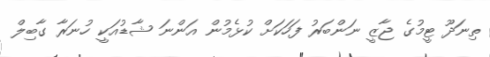
ތިނަދޫ ޓީމުގެ ޖާޒީ ނަންބަރު ފަހަކަށް ކުޅެމުން އަންނަ ޝާޑުއަކީ ހުނަރާ ގާބިލް